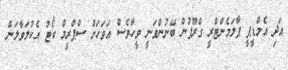
އަދި އެމްޑީޕީ ޕާލަމެންޓްރީ ގްރޫޕުން ބޭނުންވަނީ ވީހާވެސް އަވަހަށް ސްޕްރީމް ކޯޓު އެކުލަވާލަން